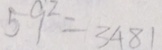
5 9 ^ { 2 } = 3 4 8 1